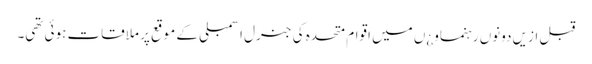
قبل ازیں دونوں رہنماو¿ں میں اقوام متحدہ کی جنرل اسمبلی کے موقع پر ملاقات ہوئی تھی۔